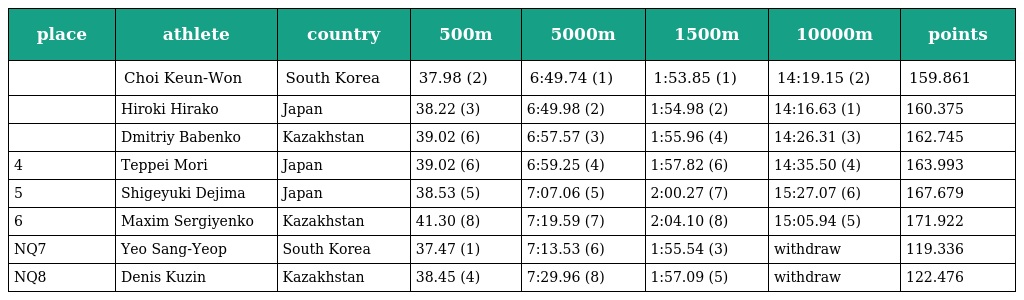
| place | athlete | country | 500m | 5000m | 1500m | 10000m | points |
 | --- | --- | --- | --- | --- | --- | --- | --- |
 |  | Choi Keun-Won | South Korea | 37.98 (2) | 6:49.74 (1) | 1:53.85 (1) | 14:19.15 (2) | 159.861 |
 |  | Hiroki Hirako | Japan | 38.22 (3) | 6:49.98 (2) | 1:54.98 (2) | 14:16.63 (1) | 160.375 |
 |  | Dmitriy Babenko | Kazakhstan | 39.02 (6) | 6:57.57 (3) | 1:55.96 (4) | 14:26.31 (3) | 162.745 |
 | 4 | Teppei Mori | Japan | 39.02 (6) | 6:59.25 (4) | 1:57.82 (6) | 14:35.50 (4) | 163.993 |
 | 5 | Shigeyuki Dejima | Japan | 38.53 (5) | 7:07.06 (5) | 2:00.27 (7) | 15:27.07 (6) | 167.679 |
 | 6 | Maxim Sergiyenko | Kazakhstan | 41.30 (8) | 7:19.59 (7) | 2:04.10 (8) | 15:05.94 (5) | 171.922 |
 | NQ7 | Yeo Sang-Yeop | South Korea | 37.47 (1) | 7:13.53 (6) | 1:55.54 (3) | withdraw | 119.336 |
 | NQ8 | Denis Kuzin | Kazakhstan | 38.45 (4) | 7:29.96 (8) | 1:57.09 (5) | withdraw | 122.476 |